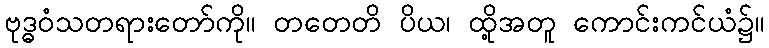
ဗုဒ္ဓဝံသတရားတော်ကို။ တတေတိ ပိယ၊ ထို့အတူ ကောင်းကင်ယံ၌။